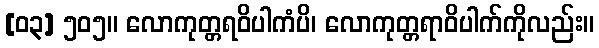
[၀၃] ၅၀၅။ လောကုတ္တရဝိပါကံပိ၊ လောကုတ္တရာဝိပါက်ကိုလည်း။